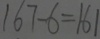
1 6 7 - 6 = 1 6 1